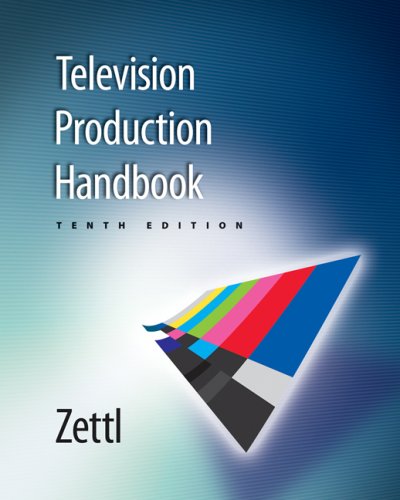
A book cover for Television Production Handbook; Herbert Zettl; Humor & Entertainment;